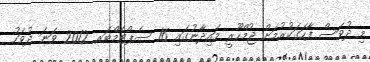
މި ދުވަސް ފާހަގަކުރުމަށް ޖުމްހޫރީ މައިދާނުގައި 16 ސެޕްޓެމްބަރ 2012 ވަނަ ދުވަހު